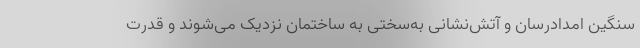
سنگین امدادرسان و آتش‌نشانی به‌سختی به ساختمان نزدیک می‌شوند و قدرت